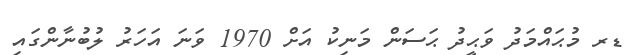
ޑރ މުޙައްމަދު ވަޙީދު ޙަސަން މަނިކު އަށް 1970 ވަނަ އަހަރު ލުބުނާންގައި